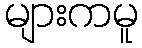
များကမူ